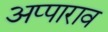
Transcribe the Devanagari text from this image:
अप्पाराव